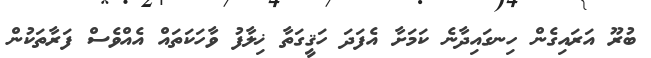
ބުރޫ އަރައިގެން ހިނގައިދާނެ ކަމަށާ އެފަދަ ހަޤީގަތާ ޚިލާފު ވާހަކަތައް އެއްވެސް ފަރާތަކުން